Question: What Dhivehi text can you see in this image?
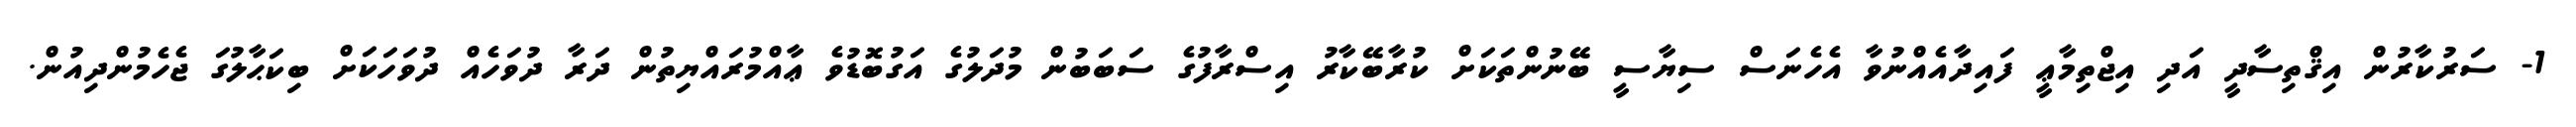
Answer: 1- ސަރުކާރުން އިޤްތިސާދީ އަދި އިޖްތިމާޢީ ފައިދާއެއްނުވާ އެހެނަސް ސިޔާސީ ބޭނުންތަކަށް ކުރާބޭކާރު އިސްރާފުގެ ސަބަބުން މުދަލުގެ އަގުބޮޑުވެ ޢާއްމުރައްޔިތުން ދަރާ ދުވަހެއް ދުވަހަކަށް ބިކަޙާލުގަ ޖެހެމުންދިއުން.